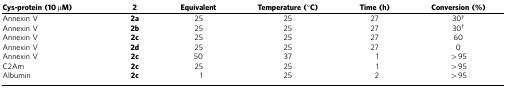
<table><thead><tr><td><b>Cys-protein (10 μM)</b></td><td><b>2</b></td><td><b>Equivalent</b></td><td><b>Temperature (°C)</b></td><td><b>Time (h)</b></td><td><b>Conversion (%)</b></td></tr></thead><tbody><tr><td>Annexin V</td><td><b>2a</b></td><td>25</td><td>25</td><td>27</td><td>30†</td></tr><tr><td>Annexin V</td><td><b>2b</b></td><td>25</td><td>25</td><td>27</td><td>30†</td></tr><tr><td>Annexin V</td><td><b>2c</b></td><td>25</td><td>25</td><td>27</td><td>60</td></tr><tr><td>Annexin V</td><td><b>2d</b></td><td>25</td><td>25</td><td>27</td><td>0</td></tr><tr><td>Annexin V</td><td><b>2c</b></td><td>50</td><td>37</td><td>1</td><td>&gt;95</td></tr><tr><td>C2Am</td><td><b>2c</b></td><td>25</td><td>25</td><td>1</td><td>&gt;95</td></tr><tr><td>Albumin</td><td><b>2c</b></td><td>1</td><td>25</td><td>2</td><td>&gt;95</td></tr></tbody></table>